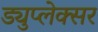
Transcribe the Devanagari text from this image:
ड्युप्लेक्सर